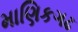
માણિકગઢ